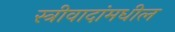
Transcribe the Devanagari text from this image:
स्त्रीवादांमधील